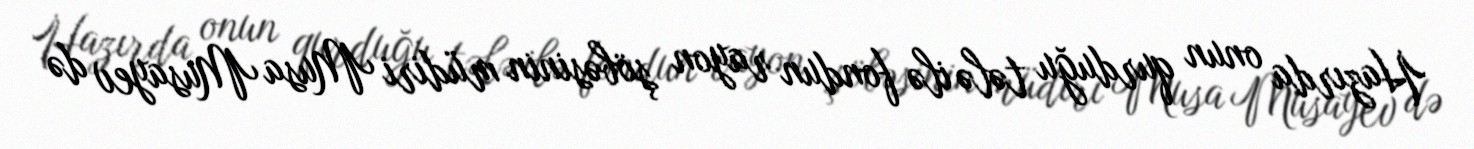
Hazırda onun qurduğu tələ ilə fondun rayon şöbəsinin müdiri Musa Musayev də